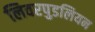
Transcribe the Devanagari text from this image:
लिवरपुडलियन